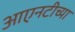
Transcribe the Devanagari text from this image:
आएनटीच्या